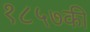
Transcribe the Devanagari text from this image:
१८५७की